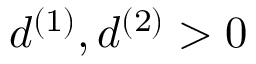
d ^ { ( 1 ) } , d ^ { ( 2 ) } > 0